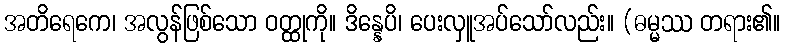
အတိရေကေ၊ အလွန်ဖြစ်သော ဝတ္ထုကို။ ဒိန္နေပိ၊ ပေးလှူအပ်သော်လည်း။ (ဓမ္မဿ တရား၏။